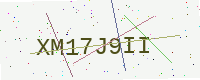
Text: XM17J9II